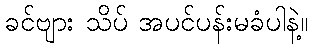
ခင်ဗျား သိပ် အပင်ပန်းမခံပါနဲ့။